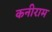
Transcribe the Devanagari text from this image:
कनीराम